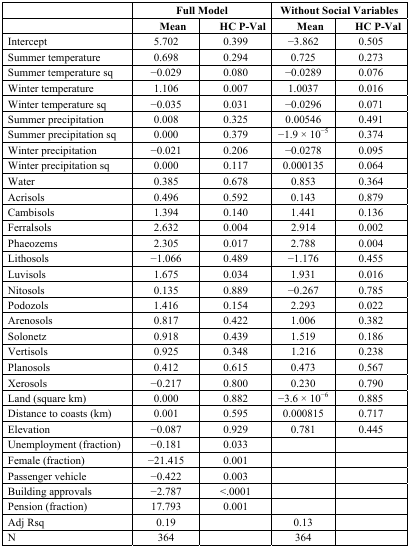
<table><thead><tr><td></td><td colspan="2"><b>Full Model</b></td><td colspan="2"><b>Without Social Variables</b></td></tr><tr><td></td><td><b>Mean</b></td><td><b>HC P-Val</b></td><td><b>Mean</b></td><td><b>HC P-Val</b></td></tr></thead><tbody><tr><td>Intercept</td><td>5.702</td><td>0.399</td><td>−3.862</td><td>0.505</td></tr><tr><td>Summer temperature</td><td>0.698</td><td>0.294</td><td>0.725</td><td>0.273</td></tr><tr><td>Summer temperature sq</td><td>−0.029</td><td>0.080</td><td>−0.0289</td><td>0.076</td></tr><tr><td>Winter temperature</td><td>1.106</td><td>0.007</td><td>1.0037</td><td>0.016</td></tr><tr><td>Winter temperature sq</td><td>−0.035</td><td>0.031</td><td>−0.0296</td><td>0.071</td></tr><tr><td>Summer precipitation</td><td>0.008</td><td>0.325</td><td>0.00546</td><td>0.491</td></tr><tr><td>Summer precipitation sq</td><td>0.000</td><td>0.379</td><td>−1.9 × 10<sup>−5</sup></td><td>0.374</td></tr><tr><td>Winter precipitation</td><td>−0.021</td><td>0.206</td><td>−0.0278</td><td>0.095</td></tr><tr><td>Winter precipitation sq</td><td>0.000</td><td>0.117</td><td>0.000135</td><td>0.064</td></tr><tr><td>Water</td><td>0.385</td><td>0.678</td><td>0.853</td><td>0.364</td></tr><tr><td>Acrisols</td><td>0.496</td><td>0.592</td><td>0.143</td><td>0.879</td></tr><tr><td>Cambisols</td><td>1.394</td><td>0.140</td><td>1.441</td><td>0.136</td></tr><tr><td>Ferralsols</td><td>2.632</td><td>0.004</td><td>2.914</td><td>0.002</td></tr><tr><td>Phaeozems</td><td>2.305</td><td>0.017</td><td>2.788</td><td>0.004</td></tr><tr><td>Lithosols</td><td>−1.066</td><td>0.489</td><td>−1.176</td><td>0.455</td></tr><tr><td>Luvisols</td><td>1.675</td><td>0.034</td><td>1.931</td><td>0.016</td></tr><tr><td>Nitosols</td><td>0.135</td><td>0.889</td><td>−0.267</td><td>0.785</td></tr><tr><td>Podozols</td><td>1.416</td><td>0.154</td><td>2.293</td><td>0.022</td></tr><tr><td>Arenosols</td><td>0.817</td><td>0.422</td><td>1.006</td><td>0.382</td></tr><tr><td>Solonetz</td><td>0.918</td><td>0.439</td><td>1.519</td><td>0.186</td></tr><tr><td>Vertisols</td><td>0.925</td><td>0.348</td><td>1.216</td><td>0.238</td></tr><tr><td>Planosols</td><td>0.412</td><td>0.615</td><td>0.473</td><td>0.567</td></tr><tr><td>Xerosols</td><td>−0.217</td><td>0.800</td><td>0.230</td><td>0.790</td></tr><tr><td>Land (square km)</td><td>0.000</td><td>0.882</td><td>−3.6 × 10<sup>−6</sup></td><td>0.885</td></tr><tr><td>Distance to coasts (km)</td><td>0.001</td><td>0.595</td><td>0.000815</td><td>0.717</td></tr><tr><td>Elevation</td><td>−0.087</td><td>0.929</td><td>0.781</td><td>0.445</td></tr><tr><td>Unemployment (fraction)</td><td>−0.181</td><td>0.033</td><td></td><td></td></tr><tr><td>Female (fraction)</td><td>−21.415</td><td>0.001</td><td></td><td></td></tr><tr><td>Passenger vehicle</td><td>−0.422</td><td>0.003</td><td></td><td></td></tr><tr><td>Building approvals</td><td>−2.787</td><td>&lt;.0001</td><td></td><td></td></tr><tr><td>Pension (fraction)</td><td>17.793</td><td>0.001</td><td></td><td></td></tr><tr><td>Adj Rsq</td><td>0.19</td><td></td><td>0.13</td><td></td></tr><tr><td>N</td><td>364</td><td></td><td>364</td><td></td></tr></tbody></table>